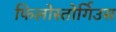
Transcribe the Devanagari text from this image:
फिलोस्तोर्गिउस